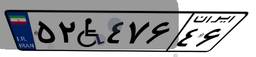
۵۲W۴۷۶۴۶